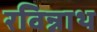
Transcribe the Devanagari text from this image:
रविन्नाथ